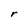
Character: r